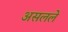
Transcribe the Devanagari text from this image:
असलले